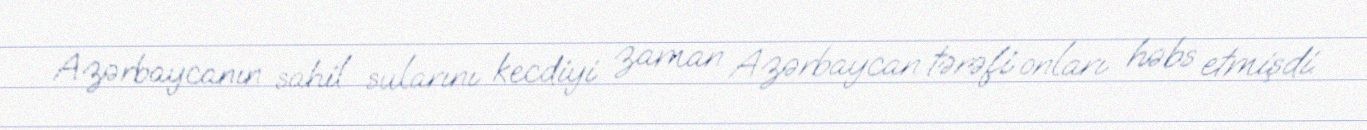
Azərbaycanın sahil sularını kecdiyi zaman Azərbaycan tərəfi onları həbs etmişdi.